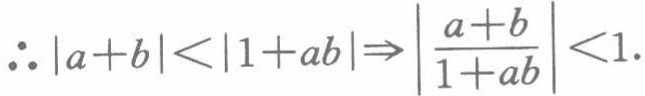
\(\therefore |a + b| < |1 + ab| \Rightarrow \left|\frac{a + b}{1 + ab}\right| < 1\).